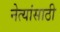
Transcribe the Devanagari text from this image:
नेत्यांसाठी